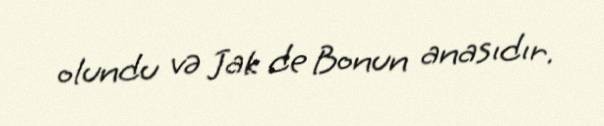
olundu və Jak de Bonun anasıdır.